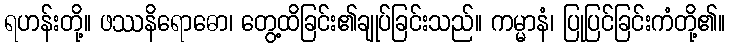
ရဟန်းတို့။ ဖဿနိရောဓော၊ တွေ့ထိခြင်း၏ချုပ်ခြင်းသည်။ ကမ္မာနံ၊ ပြုပြင်ခြင်းကံတို့၏။